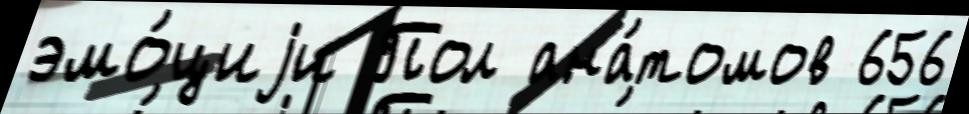
эмо́циjи Пол ана́томов 656